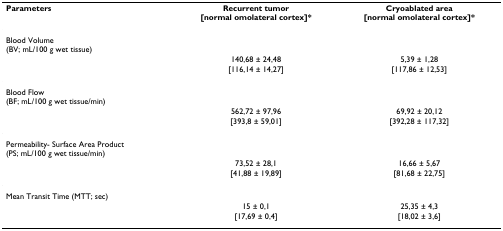
<table><thead><tr><td><b>Parameters</b></td><td><b>Recurrent tumor[normal omolateral cortex]*</b></td><td><b>Cryoablated area[normal omolateral cortex]*</b></td></tr></thead><tbody><tr><td>Blood Volume(BV; mL/100 g wet tissue)</td><td>[EMPTY_CELL]</td><td>[EMPTY_CELL]</td></tr><tr><td>[EMPTY_CELL]</td><td>140,68 ± 24,48</td><td>5,39 ± 1,28</td></tr><tr><td>[EMPTY_CELL]</td><td>[116,14 ± 14,27]</td><td>[117,86 ± 12,53]</td></tr><tr><td>Blood Flow(BF; mL/100 g wet tissue/min)</td><td>[EMPTY_CELL]</td><td>[EMPTY_CELL]</td></tr><tr><td>[EMPTY_CELL]</td><td>562,72 ± 97,96</td><td>69,92 ± 20,12</td></tr><tr><td>[EMPTY_CELL]</td><td>[393,8 ± 59,01]</td><td>[392,28 ± 117,32]</td></tr><tr><td>Permeability- Surface Area Product(PS; mL/100 g wet tissue/min)</td><td>[EMPTY_CELL]</td><td>[EMPTY_CELL]</td></tr><tr><td>[EMPTY_CELL]</td><td>73,52 ± 28,1</td><td>16,66 ± 5,67</td></tr><tr><td>[EMPTY_CELL]</td><td>[41,88 ± 19,89]</td><td>[81,68 ± 22,75]</td></tr><tr><td>Mean Transit Time (MTT; sec)</td><td>[EMPTY_CELL]</td><td>[EMPTY_CELL]</td></tr><tr><td>[EMPTY_CELL]</td><td>15 ± 0,1</td><td>25,35 ± 4,3</td></tr><tr><td>[EMPTY_CELL]</td><td>[17,69 ± 0,4]</td><td>[18,02 ± 3,6]</td></tr></tbody></table>